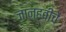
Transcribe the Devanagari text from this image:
जान्हवीचे